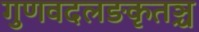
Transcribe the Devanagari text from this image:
गुणवदलङकृतञ्च